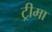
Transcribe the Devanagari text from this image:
ट्रीमा